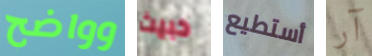
وواضح خبيث أستطيع آر